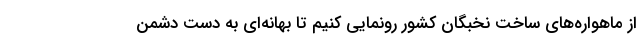
از ماهواره‌های ساخت نخبگان کشور رونمایی کنیم تا بهانه‌ای به دست دشمن